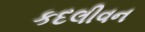
કદલીવન